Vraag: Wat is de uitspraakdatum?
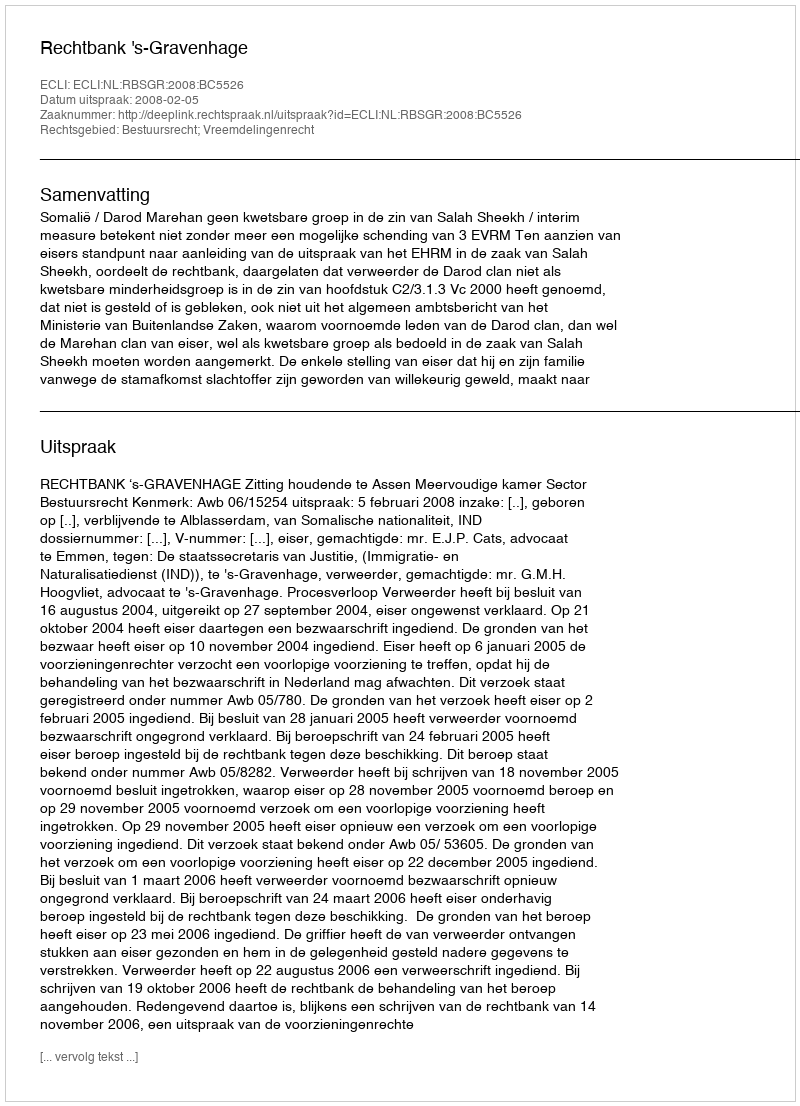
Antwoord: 2008-02-05